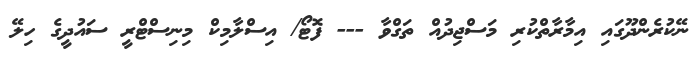
ނޭކުރެންދޫގައި އިމާރާތްކުރި މަސްޖިދުއް ތަގްވާ --- ފޮޓޯ/ އިސްލާމިކް މިނިސްޓްރީ ސައުދީގެ ހިލޭ